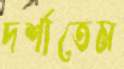
দর্শাতেম